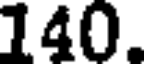
140.